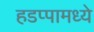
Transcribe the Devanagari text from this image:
हडप्पामध्ये